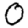
Digit: 0